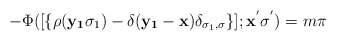
\begin{align*}-\Phi([\{\rho({\bf{y_{1}}}\sigma_{1}) - \delta({\bf{y_{1}}}-{\bf{x}})\delta_{\sigma_{1},\sigma} \} ];{\bf{x^{'}}}\sigma^{'}) = m\pi\end{align*}